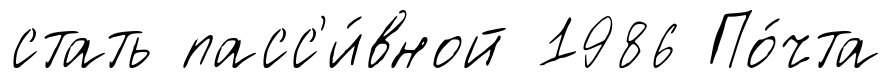
стать пасс'и́вной 1986 По́чта